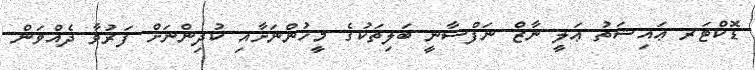
ޑޮކްޓަރ ޢައިޝަތު ޢަލީ ނާޒް ނަފްސާނީ ބަލިތަކުގެ މީހުންނަށާއި ކުދިންނަށް ފަރުވާ ދެއްވަން